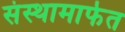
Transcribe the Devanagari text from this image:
संस्थामार्फत